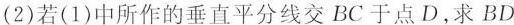
(2)若(1)中所作的垂直平分线交BC于点D，求BD